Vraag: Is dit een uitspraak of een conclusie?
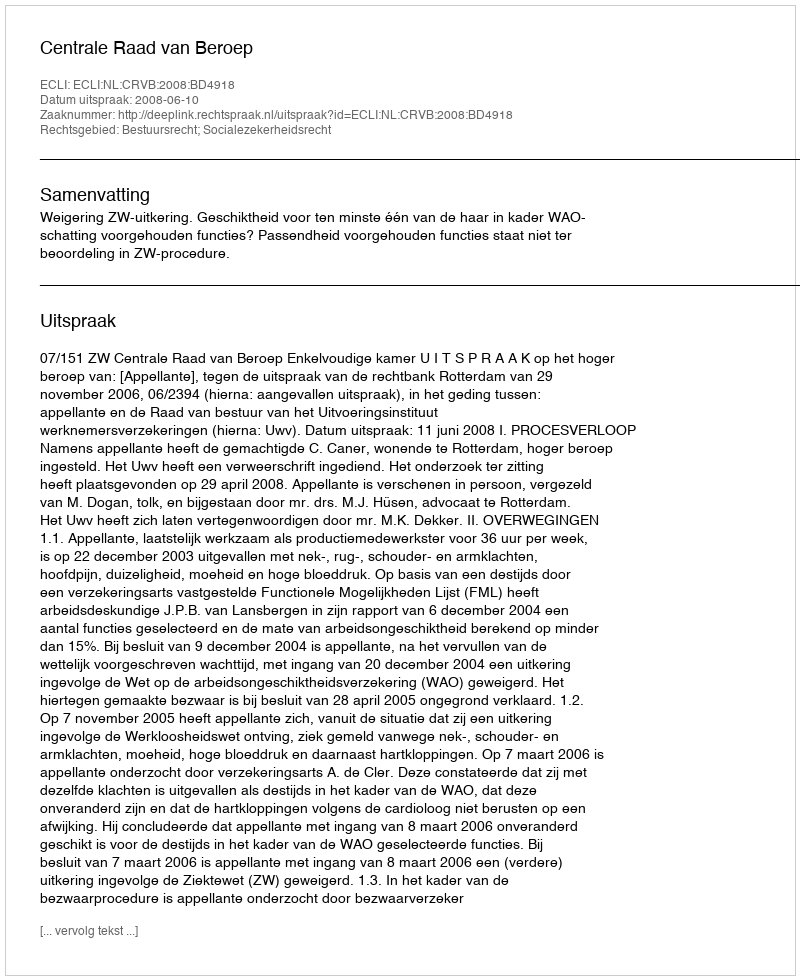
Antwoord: Uitspraak